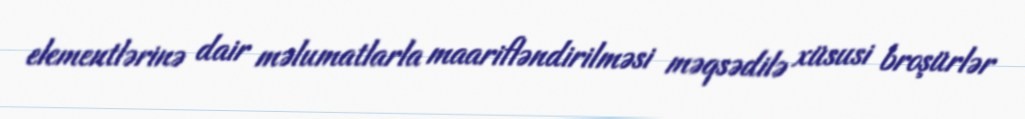
elementlərinə dair məlumatlarla maarifləndirilməsi məqsədilə xüsusi broşürlər